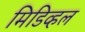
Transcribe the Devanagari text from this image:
मिडिव्हल